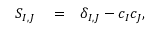
\begin{array} { r l r } { S _ { I , J } } & { { } = } & { \delta _ { I , J } - c _ { I } c _ { J } , } \end{array}